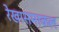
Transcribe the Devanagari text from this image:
रेखासमाकल